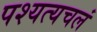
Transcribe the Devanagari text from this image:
पश्यत्यचलं